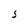
Character: S